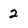
Character: 2